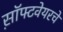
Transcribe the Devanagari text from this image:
स़ॉफ्टवेयरचे